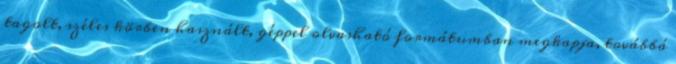
tagolt, széles körben használt, géppel olvasható formátumban megkapja, továbbá